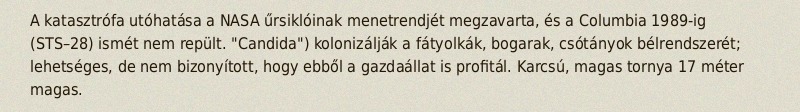
A katasztrófa utóhatása a NASA űrsiklóinak menetrendjét megzavarta, és a Columbia 1989-ig (STS–28) ismét nem repült. "Candida") kolonizálják a fátyolkák, bogarak, csótányok bélrendszerét; lehetséges, de nem bizonyított, hogy ebből a gazdaállat is profitál. Karcsú, magas tornya 17 méter magas.